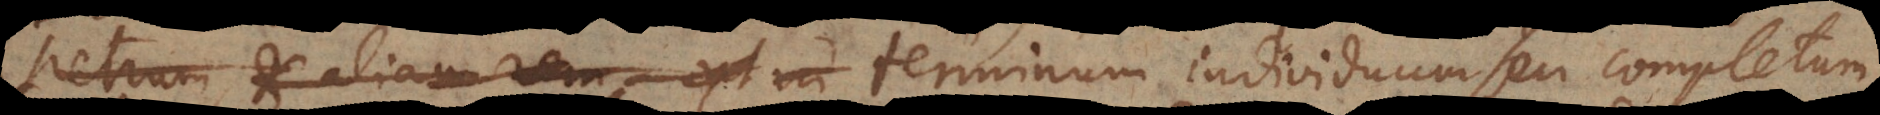
Petrum, et aliam rem ext in terminum individuum seu completum,